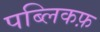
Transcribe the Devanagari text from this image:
पब्लिकफ़